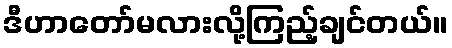
ဒီဟာတော်မလားလို့ကြည့်ချင်တယ်။